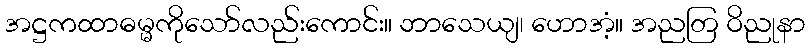
အဋ္ဌကထာဓမ္မကိုသော်လည်းကောင်း။ ဘာသေယျ၊ ဟောအံ့။ အညတြ ဝိညုနာ